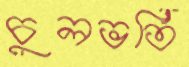
চুলভর্তি